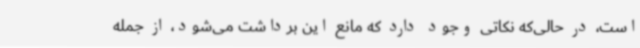
است، در حالی‌که نکاتی وجود دارد که مانع این برداشت می‌شود، از جمله